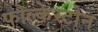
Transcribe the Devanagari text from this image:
फोल्केस्टोन